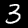
Digit: 3